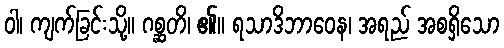
ဝါ၊ ကျက်ခြင်းသို့။ ဂစ္ဆတိ၊ ၏။ ရသာဒိဘာဝေန၊ အရည် အစရှိသော